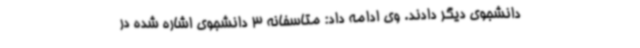
دانشجوی دیگر دادند. وی ادامه داد: متاسفانه 3 دانشجوی اشاره شده در